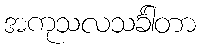
အကုသလသင်္ခါတာ